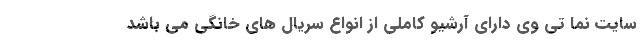
سایت نما تی وی دارای آرشیو کاملی از انواع سریال های خانگی می باشد